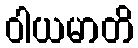
ဝါယမာတိ